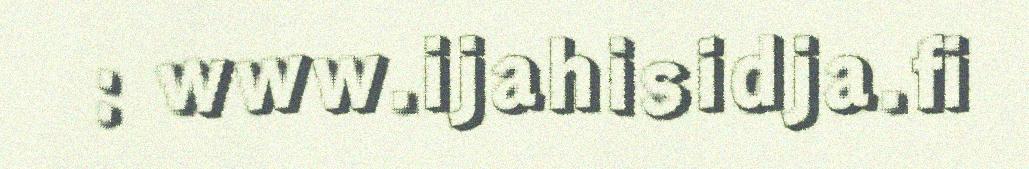
: www.ijahisidja.fi